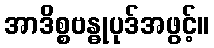
အာဒိစ္စဗန္ဓုပုဒ်အဖွင့်။